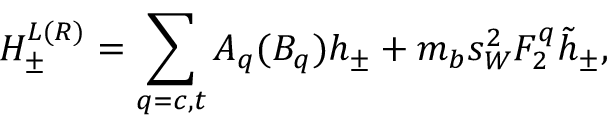
H _ { \pm } ^ { L ( R ) } = \displaystyle \sum _ { q = c , t } A _ { q } ( B _ { q } ) h _ { \pm } + m _ { b } s _ { W } ^ { 2 } F _ { 2 } ^ { q } \tilde { h } _ { \pm } ,